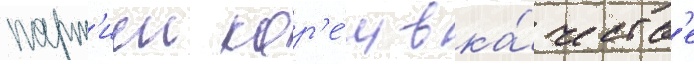
парт'иеи кор'е́и в ка́честв'е